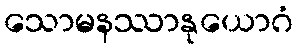
သောမနဿာနုယောဂံ